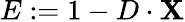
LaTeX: E:=1-D\cdot\mathbf{X}